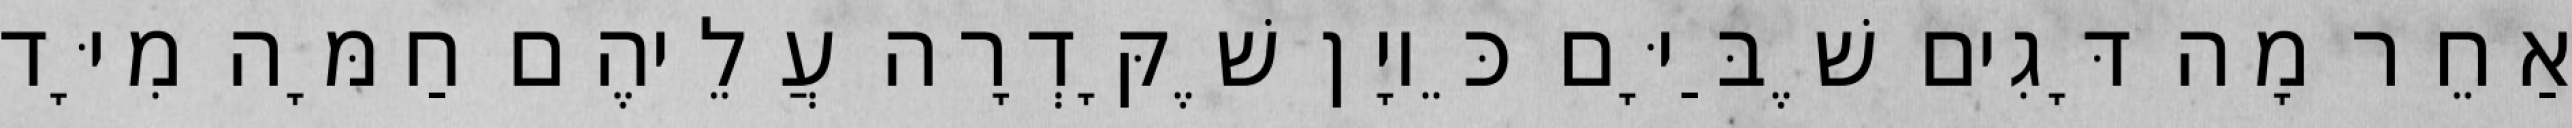
אַחֵר מָה דָּגִים שֶׁבַּיָּם כֵּיוָן שֶׁקָּדְרָה עֲלֵיהֶם חַמָּה מִיָּד